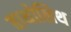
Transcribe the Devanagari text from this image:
बाथोलिथ